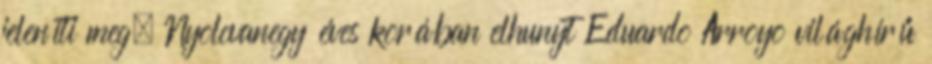
jeleníti meg. Nyolcvanegy éves korában elhunyt Eduardo Arroyo világhírű